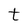
Character: t